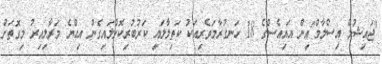
"ޖައިޝުލް އިސްލާމް"އިން އައިއެސްގެ 18 ހަނގުރާމަވެރިއަކު ކަތިލާލައި ކަރުބުރިކޮށްލައިގެން އިއްޔެ މަރާލިއިރު މިގޮތަށް